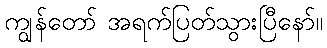
ကျွန်တော် အရက်ပြတ်သွားပြီနော်။